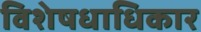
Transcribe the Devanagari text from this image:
विशेषधाधिकार